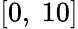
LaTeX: [0,\ 10]